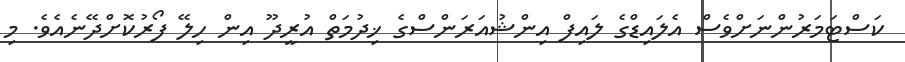
ކަސްޓަމަރުންނަށްވެސް އެލައިޑްގެ ލައިފް އިންޝުއަރަންސްގެ ޚިދުމަތް އުރީދޫ އިން ހިލޭ ފޯރުކޮށްދޭނެއެވެ. މި